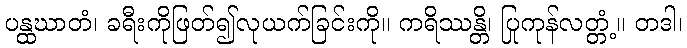
ပန္ထဃာတံ၊ ခရီးကိုဖြတ်၍လုယက်ခြင်းကို။ ကရိဿန္တိ၊ ပြုကုန်လတ္တံ့။ တဒါ၊